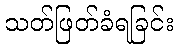
သတ်ဖြတ်ခံရခြင်း